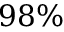
9 8 \%